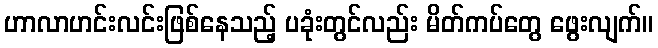
ဟာလာဟင်းလင်းဖြစ်နေသည့် ပခုံးတွင်လည်း မိတ်ကပ်တွေ ဖွေးလျက်။